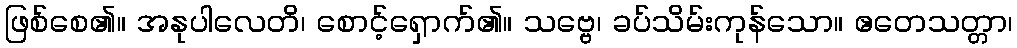
ဖြစ်စေ၏။ အနုပါလေတိ၊ စောင့်ရှောက်၏။ သဗ္ဗေ၊ ခပ်သိမ်းကုန်သော။ ဧတေသတ္တာ၊